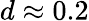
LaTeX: d\approx 0.2